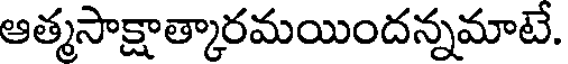
ఆత్మసాక్షాత్కారమయిందన్నమాటే.